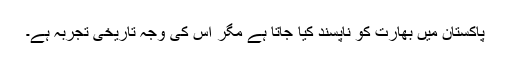
پاکستان میں بھارت کو ناپسند کیا جاتا ہے مگر اس کی وجہ تاریخی تجربہ ہے۔